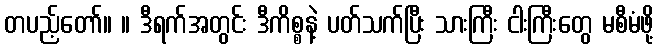
တပည့်တော်။ ။ ဒီရက်အတွင်း ဒီကိစ္စနဲ့ ပတ်သက်ပြီး သားကြီး ငါးကြီးတွေ မစီမံဖို့